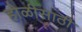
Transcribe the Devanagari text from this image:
होळीसाठी